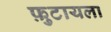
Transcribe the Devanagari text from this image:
फ़ुटायला